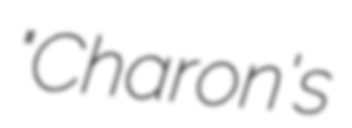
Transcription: "Charon's